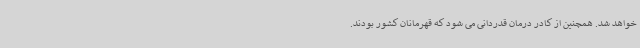
خواهد شد. همچنین از کادر درمان قدردانی می شود که قهرمانان کشور بودند.